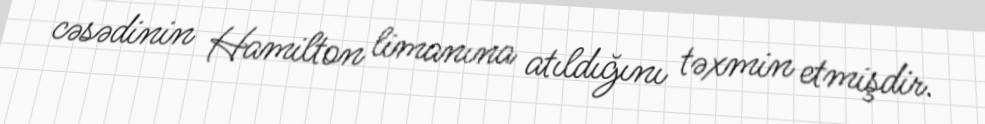
cəsədinin Hamilton limanına atıldığını təxmin etmişdir.